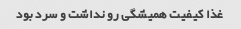
غذا کیفیت همیشگی رو نداشت و سرد بود